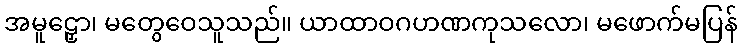
အမူဠှော၊ မတွေဝေသူသည်။ ယာထာဝဂဟဏကုသလော၊ မဖောက်မပြန်